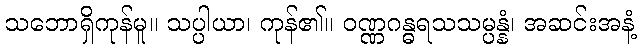
သဘောရှိကုန်မူ။ သပ္ပါယာ၊ ကုန်၏။ ဝဏ္ဏဂန္ဓရသသမ္ပန္နံ၊ အဆင်းအနံ့